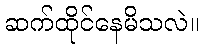
ဆက်ထိုင်နေမိသလဲ။